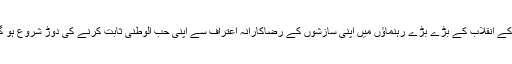
1917 کے انقلاب کے بڑے بڑے رہنماﺅں میں اپنی سازشوں کے رضاکارانہ اعتراف سے اپنی حب الوطنی ثابت کرنے کی دوڑ شروع ہو گئی تھی۔